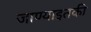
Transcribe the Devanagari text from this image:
जाण्याइतकी